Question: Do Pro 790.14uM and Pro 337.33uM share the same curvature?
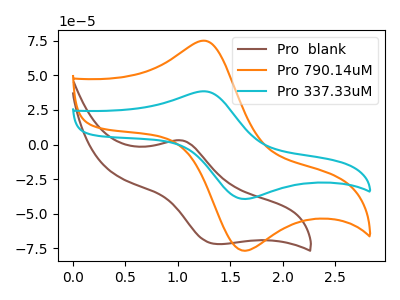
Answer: <think>The brown curve "Pro  blank" has an anodic peak at (1.05V, 2.95uA) and a cathodic peak at (1.35V, -71.95uA). The orange curve "Pro 790.14uM" has an anodic peak at (1.25V, 74.90uA) and a cathodic peak at (1.65V, -76.80uA). The cyan curve "Pro 337.33uM" has an anodic peak at (1.25V, 38.40uA) and a cathodic peak at (1.65V, -39.40uA).
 All the peaks in "Pro 790.14uM" have a peak in "Pro 337.33uM" at the same potential. Every peak in "Pro 790.14uM" is higher than every peak in "Pro 337.33uM".</think>
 <answer>"Pro 790.14uM" and "Pro 337.33uM" are similar in shape.</answer>
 <eval>same_shape</eval>